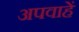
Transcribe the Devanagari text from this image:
अपवाहें